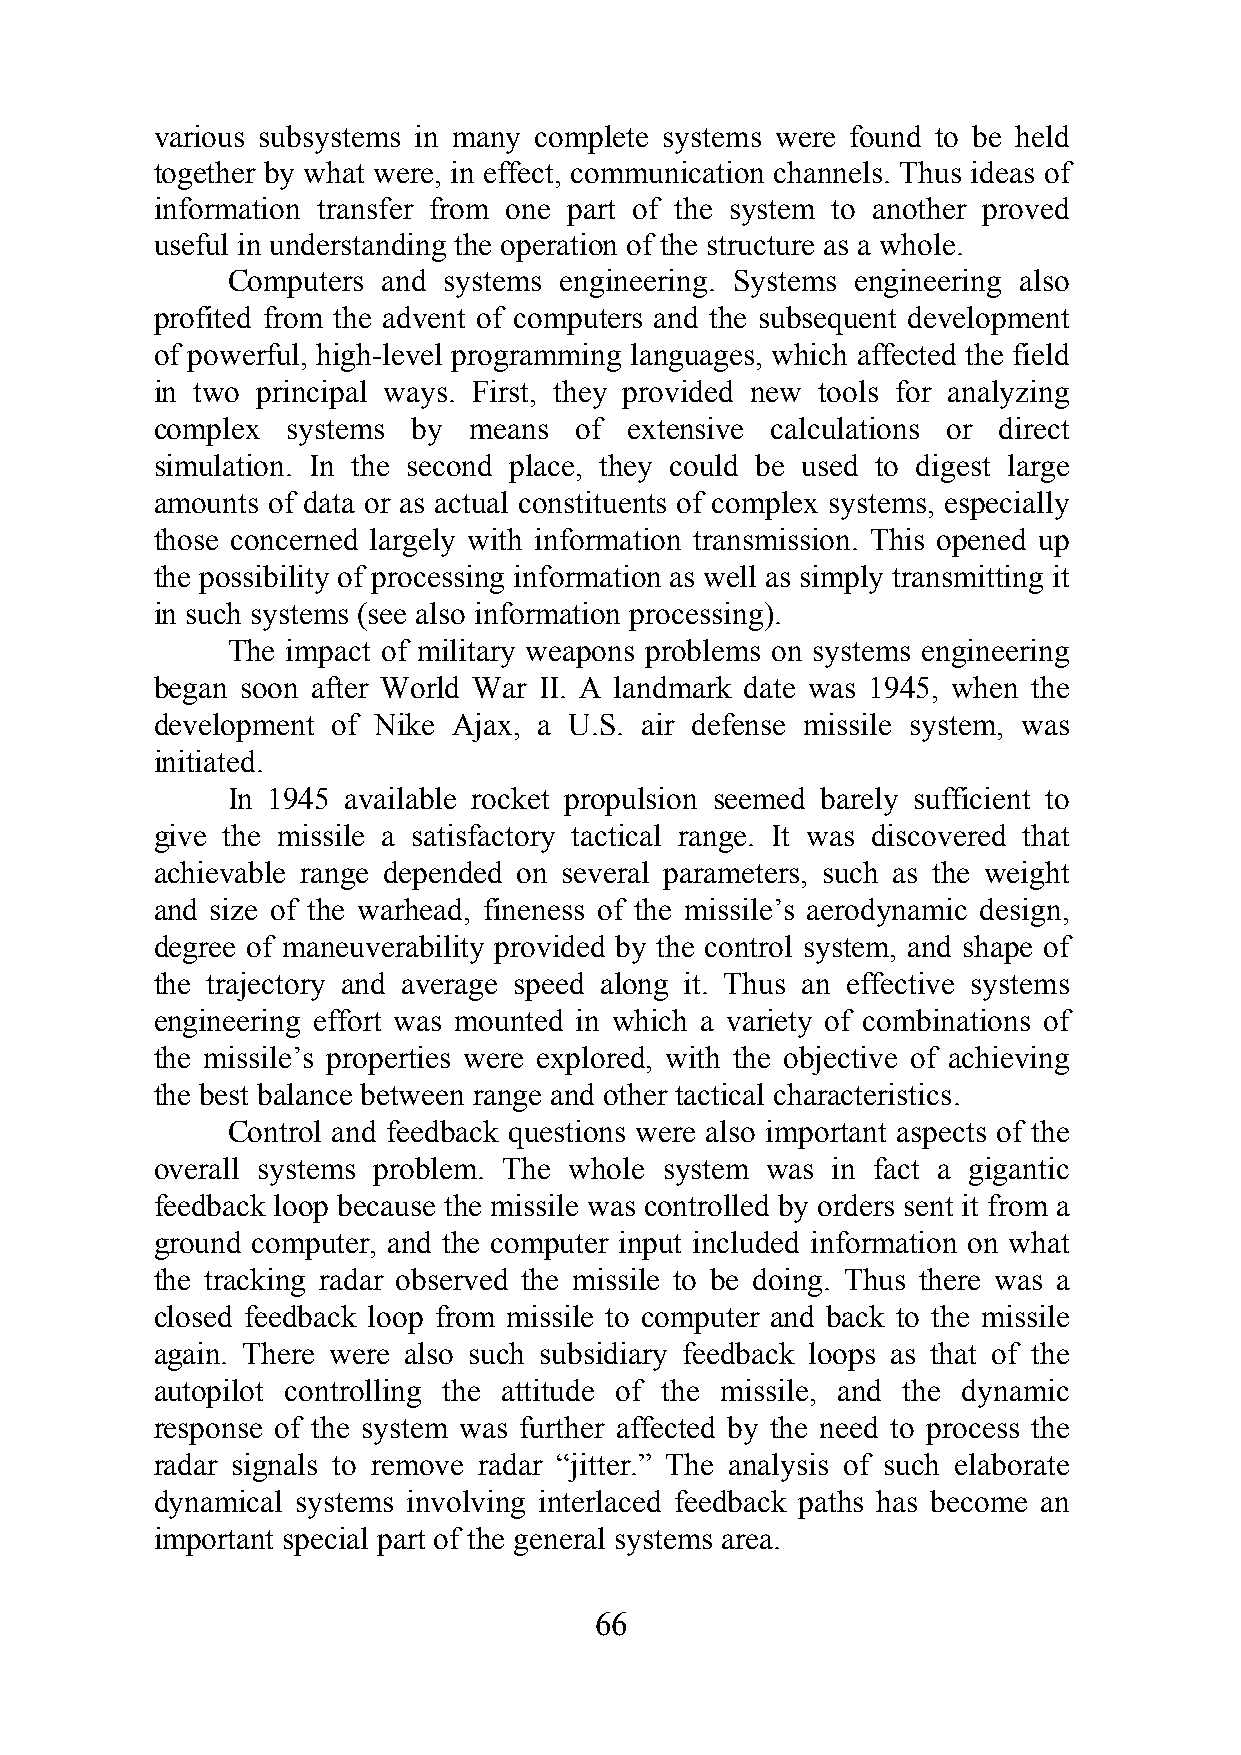
various subsystems in many complete systems were found to be held
 together by what were, in effect, communication channels. Thus ideas of
 information transfer from one part of the system to another proved
 useful in understanding the operation of the structure as a whole.
 Computers and systems engineering. Systems engineering also
 profited from the advent of computers and the subsequent development
 of powerful, high-level programming languages, which affected the field
 in two principal ways. First, they provided new tools for analyzing
 complex  systems by  means  of  extensive calculations or direct
 simulation. In the second place, they could be used to digest large
 amounts of data or as actual constituents of complex systems, especially
 those concerned largely with information transmission. This opened up
 the possibility of processing information as well as simply transmitting it
 in such systems (see also information processing).
 The impact of military weapons problems on systems engineering
 began soon after World War II. A landmark date was 1945, when the
 development of Nike Ajax, a U.S. air defense missile system, was
 initiated.
 In 1945 available rocket propulsion seemed barely sufficient to
 give the missile a satisfactory tactical range. It was discovered that
 achievable range depended on several parameters, such as the weight
 and size of the warhead, fineness of the missile’s aerodynamic design,
 degree of maneuverability provided by the control system, and shape of
 the trajectory and average speed along it. Thus an effective systems
 engineering effort was mounted in which a variety of combinations of
 the missile’s properties were explored, with the objective of achieving
 the best balance between range and other tactical characteristics.
 Control and feedback questions were also important aspects of the
 overall systems problem. The whole system was in fact a gigantic
 feedback loop because the missile was controlled by orders sent it from a
 ground computer, and the computer input included information on what
 the tracking radar observed the missile to be doing. Thus there was a
 closed feedback loop from missile to computer and back to the missile
 again. There were also such subsidiary feedback loops as that of the
 autopilot controlling the attitude of the missile, and the dynamic
 response of the system was further affected by the need to process the
 radar signals to remove radar “jitter.” The analysis of such elaborate
 dynamical systems involving interlaced feedback paths has become an
 important special part of the general systems area.
 66